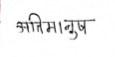
मजकूर: अतिमानुष